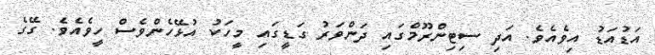
އަޑުއަޑު އިވެއެވެ. އަދި ސިޓިންރޫމްގައި ދަންވަރު ގަޑީގައި މީހަކު އުޅޭހެންވެސް ހީވެއެވެ. ގޭގެ